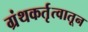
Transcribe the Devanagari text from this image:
ग्रंथकर्तृत्वातून